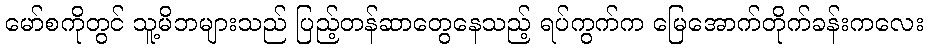
မော်စကိုတွင် သူ့မိဘများသည် ပြည့်တန်ဆာတွေနေသည့် ရပ်ကွက်က မြေအောက်တိုက်ခန်းကလေး